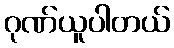
ဂုဏ်ယူပါတယ်